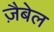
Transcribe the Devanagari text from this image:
ज़ैबेल